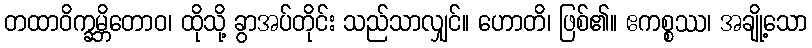
တထာဝိက္ခမ္ဘိတောဝ၊ ထိုသို့ ခွာအပ်တိုင်း သည်သာလျှင်။ ဟောတိ၊ ဖြစ်၏။ ဧကစ္စဿ၊ အချို့သော